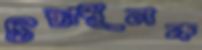
চিন্তামূলক